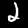
Label: 2